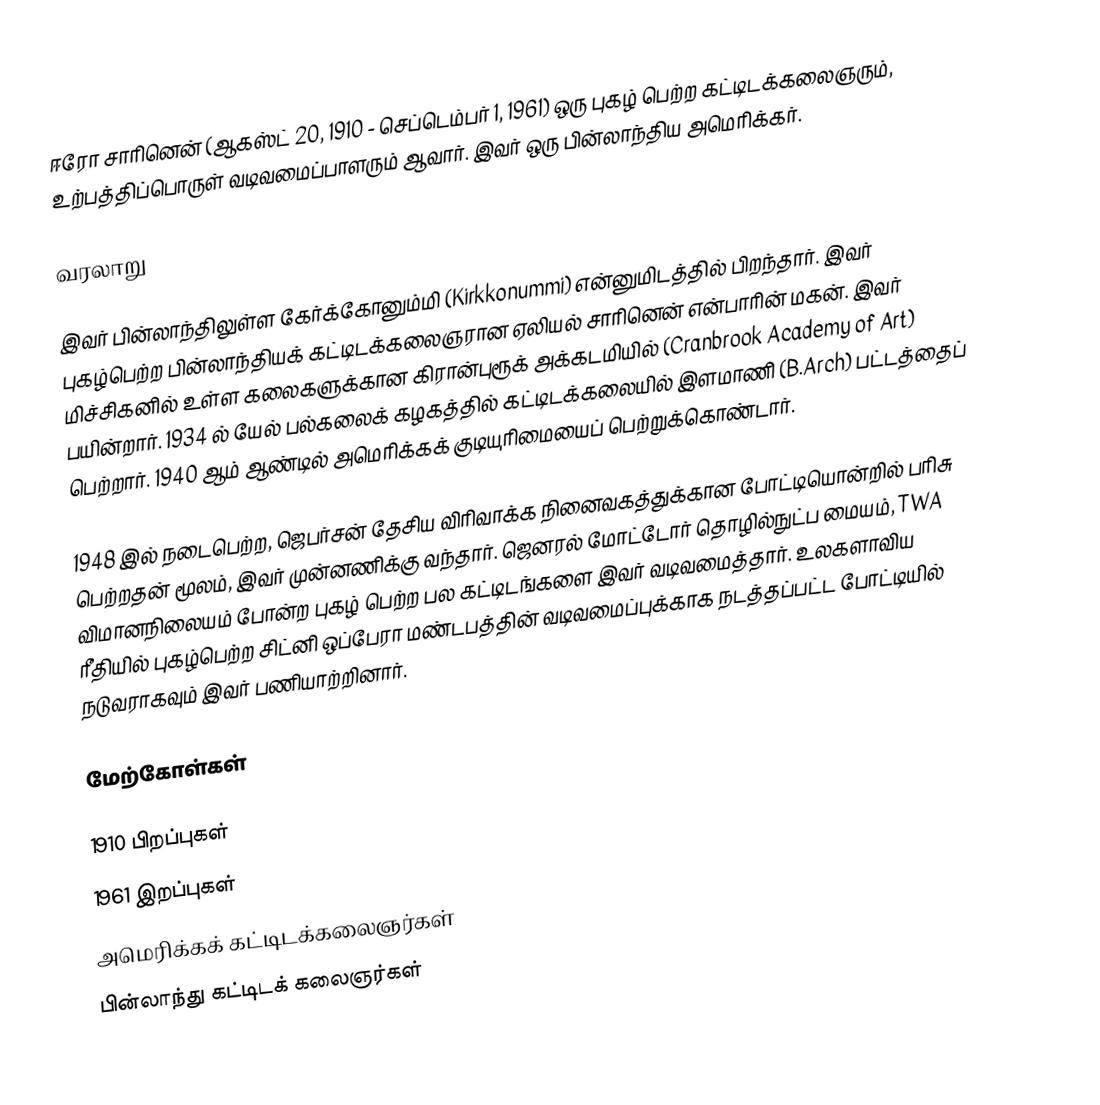
ஈரோ சாரினென் (ஆகஸ்ட் 20, 1910 - செப்டெம்பர் 1, 1961) ஒரு புகழ் பெற்ற கட்டிடக்கலைஞரும், உற்பத்திப்பொருள் வடிவமைப்பாளரும் ஆவார். இவர் ஒரு பின்லாந்திய அமெரிக்கர்.

வரலாறு

இவர் பின்லாந்திலுள்ள கேர்க்கோனும்மி (Kirkkonummi) என்னுமிடத்தில் பிறந்தார். இவர் புகழ்பெற்ற பின்லாந்தியக் கட்டிடக்கலைஞரான ஏலியல் சாரினென் என்பாரின் மகன். இவர் மிச்சிகனில் உள்ள கலைகளுக்கான கிரான்புரூக் அக்கடமியில் (Cranbrook Academy of Art) பயின்றார். 1934 ல் யேல் பல்கலைக் கழகத்தில் கட்டிடக்கலையில் இளமாணி (B.Arch) பட்டத்தைப் பெற்றார். 1940 ஆம் ஆண்டில் அமெரிக்கக் குடியுரிமையைப் பெற்றுக்கொண்டார்.

1948 இல் நடைபெற்ற, ஜெபர்சன் தேசிய விரிவாக்க நினைவகத்துக்கான போட்டியொன்றில் பரிசு பெற்றதன் மூலம், இவர் முன்னணிக்கு வந்தார். ஜெனரல் மோட்டோர் தொழில்நுட்ப மையம், TWA விமானநிலையம் போன்ற புகழ் பெற்ற பல கட்டிடங்களை இவர் வடிவமைத்தார். உலகளாவிய ரீதியில் புகழ்பெற்ற சிட்னி ஒப்பேரா மண்டபத்தின் வடிவமைப்புக்காக நடத்தப்பட்ட போட்டியில் நடுவராகவும் இவர் பணியாற்றினார்.

மேற்கோள்கள்

1910 பிறப்புகள்
1961 இறப்புகள்
அமெரிக்கக் கட்டிடக்கலைஞர்கள்
பின்லாந்து கட்டிடக் கலைஞர்கள்